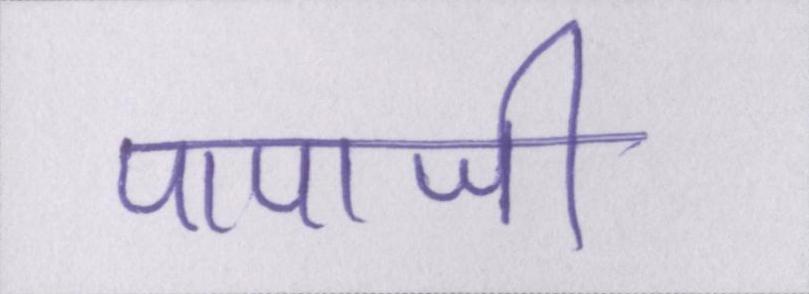
पापाजी